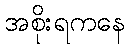
အစိုးရကနေ